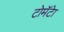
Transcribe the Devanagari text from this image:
टोमॅटेा